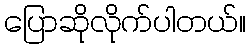
ပြောဆိုလိုက်ပါတယ်။